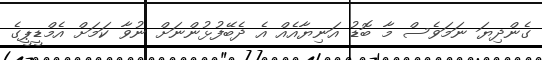
ގެންދިޔަ ނަމަވެސް މާ ބޮޑު އަނިޔާއެއް އެ ދެބޭފުޅުންނަށް ނުވާ ކަމަށް އެމްޑީޕީގެ